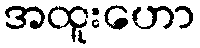
အထူးဟော